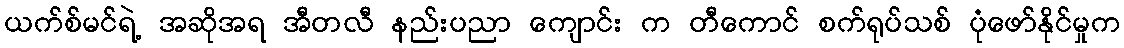
ယက်စ်မင်ရဲ့ အဆိုအရ အီတလီ နည်းပညာ ကျောင်း က တီကောင် စက်ရုပ်သစ် ပုံဖော်နိုင်မှုက